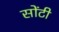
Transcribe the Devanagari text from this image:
सोंटी